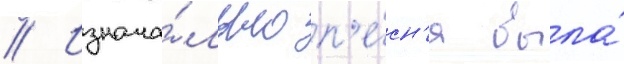
// Изнача́льно п'е́сн'я была́